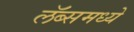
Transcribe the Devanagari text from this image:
लॅब्समध्ये